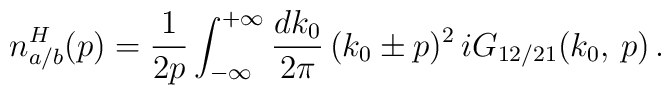
n_{a / b}^H (p) = \frac{1}{2 p} \int_{- \infty}^{+ \infty} \frac{d k_0}{2 \pi} \, (k_0 \pm p)^2 \, i G_{1 2 / 2 1} (k_0, \, p) \, .